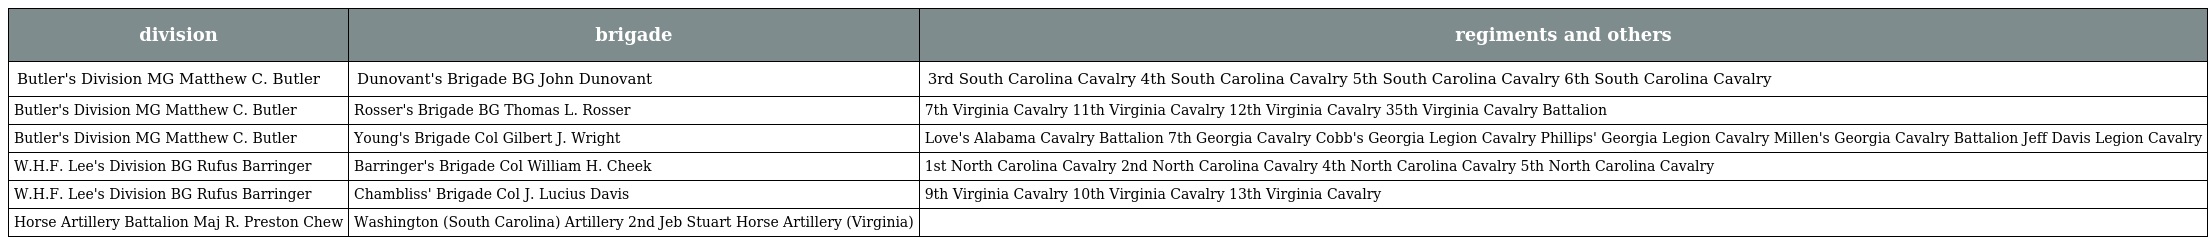
| division | brigade | regiments and others |
 | --- | --- | --- |
 | Butler's Division MG Matthew C. Butler | Dunovant's Brigade BG John Dunovant | 3rd South Carolina Cavalry 4th South Carolina Cavalry 5th South Carolina Cavalry 6th South Carolina Cavalry |
 | Butler's Division MG Matthew C. Butler | Rosser's Brigade BG Thomas L. Rosser | 7th Virginia Cavalry 11th Virginia Cavalry 12th Virginia Cavalry 35th Virginia Cavalry Battalion |
 | Butler's Division MG Matthew C. Butler | Young's Brigade Col Gilbert J. Wright | Love's Alabama Cavalry Battalion 7th Georgia Cavalry Cobb's Georgia Legion Cavalry Phillips' Georgia Legion Cavalry Millen's Georgia Cavalry Battalion Jeff Davis Legion Cavalry |
 | W.H.F. Lee's Division BG Rufus Barringer | Barringer's Brigade Col William H. Cheek | 1st North Carolina Cavalry 2nd North Carolina Cavalry 4th North Carolina Cavalry 5th North Carolina Cavalry |
 | W.H.F. Lee's Division BG Rufus Barringer | Chambliss' Brigade Col J. Lucius Davis | 9th Virginia Cavalry 10th Virginia Cavalry 13th Virginia Cavalry |
 | Horse Artillery Battalion Maj R. Preston Chew | Washington (South Carolina) Artillery 2nd Jeb Stuart Horse Artillery (Virginia) |  |